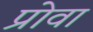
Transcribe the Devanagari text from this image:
प्रोवा